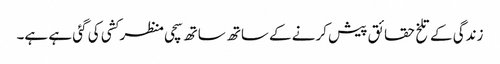
زندگی کے تلخ حقائق پیش کرنے کےساتھ ساتھ سچی منظر کشی کی گئی ہے ہے۔